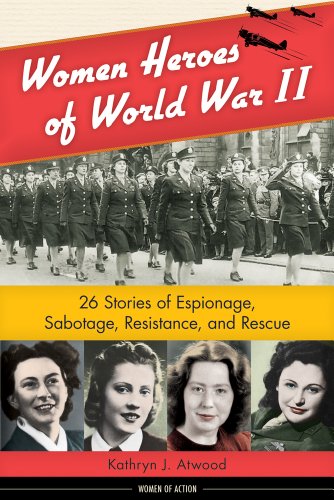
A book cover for Women Heroes of World War II: 26 Stories of Espionage, Sabotage, Resistance, and Rescue (Women of Action); Kathryn J. Atwood; Teen & Young Adult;